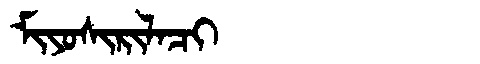
Manchu: ᠮᡳᠶᠣᠰᡳᡵᡳᠯᠠᠴᡳ
Romanization: MIYOSIRILACI